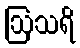
ဩသရိ